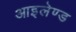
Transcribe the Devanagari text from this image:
आइलेण्ड